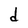
Character: d